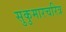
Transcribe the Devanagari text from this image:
सुकुमारचरित्र